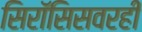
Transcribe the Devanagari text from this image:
सिरॉसिसवरही